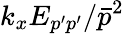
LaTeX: k_{x}E_{p^{\prime}p^{\prime}}/\bar{p}^{2}